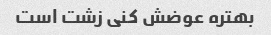
بهتره عوضش کنی زشت است